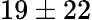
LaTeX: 19\pm 22